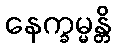
နေက္ခမ္မန္တိ